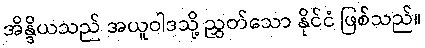
အိန္ဒိယသည် အယူဝါဒသို့ ညွှတ်သော နိုင်ငံ ဖြစ်သည်။